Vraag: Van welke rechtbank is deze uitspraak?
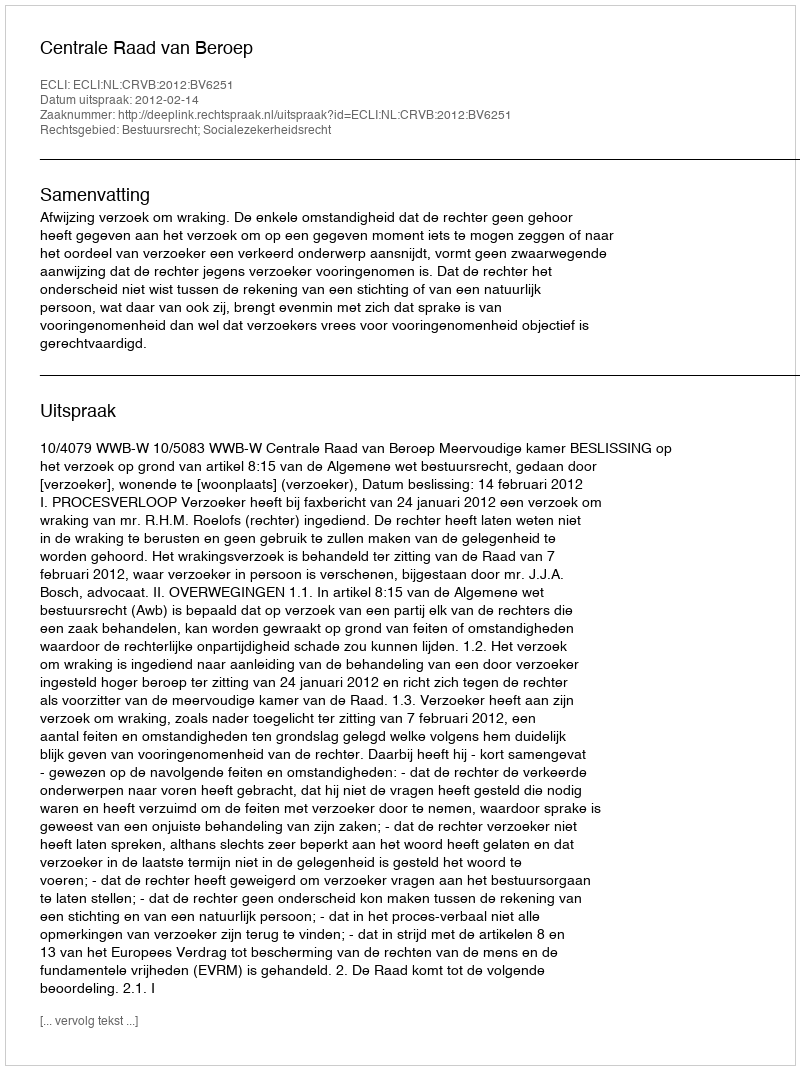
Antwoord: Centrale Raad van Beroep